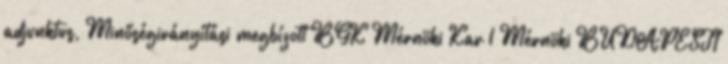
adjunktus, Minőségirányítási megbízott BGK Mérnöki Kar 1 Mérnöki BUDAPESTI